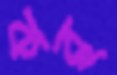
কর্